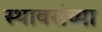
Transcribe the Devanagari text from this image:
स्थावरांच्या